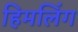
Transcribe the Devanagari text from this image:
हिमलिंग